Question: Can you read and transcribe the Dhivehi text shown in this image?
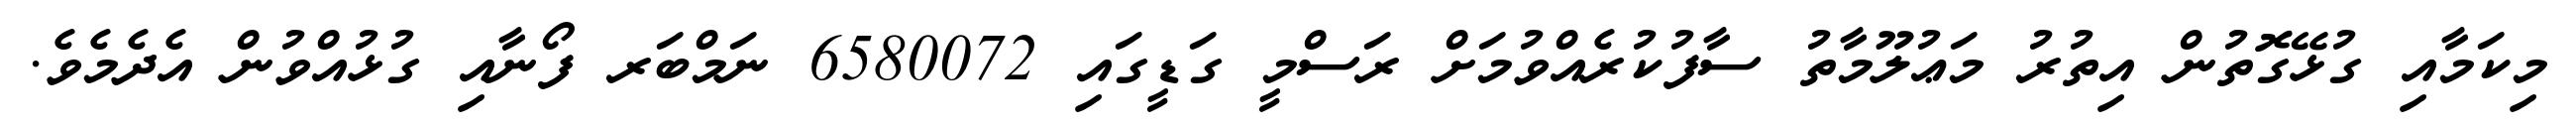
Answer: މިކަމާއި ގުޅޭގޮތުން އިތުރު މަޢުލޫމާތު ސާފުކުރެއްވުމަށް ރަސްމީ ގަޑީގައި 6580072 ނަމްބަރ ފޯނާއި ގުޅުއްވުން އެދެމެވެ.